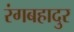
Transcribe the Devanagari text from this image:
रंगबहादुर